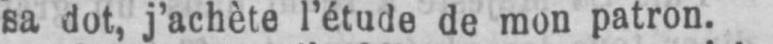
sa dot, j’acbète l’étude de mon patron.